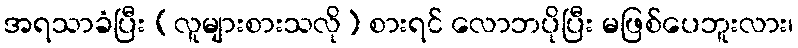
အရသာခံပြီး (လူများစားသလို) စားရင် လောဘပိုပြီး မဖြစ်ပေဘူးလား၊